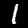
Digit: 1